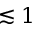
\lesssim 1